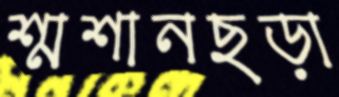
শ্মশানছড়া